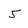
Character: 5